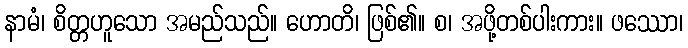
နာမံ၊ စိတ္တဟူသော အမည်သည်။ ဟောတိ၊ ဖြစ်၏။ စ၊ အဖို့တစ်ပါးကား။ ဖဿော၊